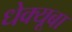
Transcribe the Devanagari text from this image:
धेक्यूबा